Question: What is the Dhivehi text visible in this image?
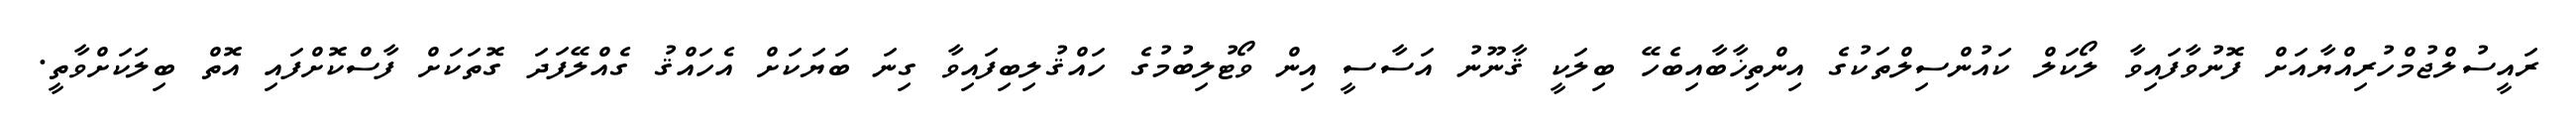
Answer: ރައީސުލްޖުމްހުރިއްޔާއަށް ފޮނުވާފައިވާ ލޯކަލް ކައުންސިލްތަކުގެ އިންތިޚާބާއިބެހޭ ބިލަކީ ޤާނޫނު އަސާސީ އިން ވޯޓުލިބުމުގެ ހައްޤުލިބިފައިވާ ގިނަ ބަޔަކަށް އެހައްޤު ގެއްލޭފަދަ ގޮތަކަށް ފާސްކޮށްފައި އޮތް ބިލަކަށްވާތީ.